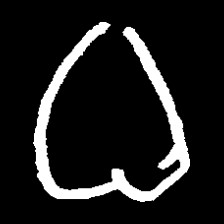
Pyu character \u2014 Myanmar letter: ဓ (romanized: dha)